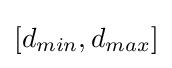
[d_{min},d_{max}]